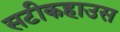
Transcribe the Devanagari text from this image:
सटीकहाउस